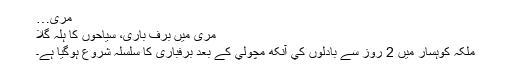
مری…
مری میں برف باری، سیاحوں کا ہلہ گلا
ملکہ کوہسار میں 2 روز سے بادلوں کي آنکھ مچولي کے بعد برفباری کا سلسلہ شروع ہوگیا ہے۔